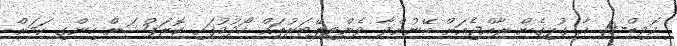
ކޮވިޑް-19 އާ ގުޅިގެން ރާއްޖެއަށް ބޭނުންވާ ވެންޓިލޭޓަރުތައް ހޯދުމުގައި ކޮރަޕްޝަން ހިންގި ކަމަށް